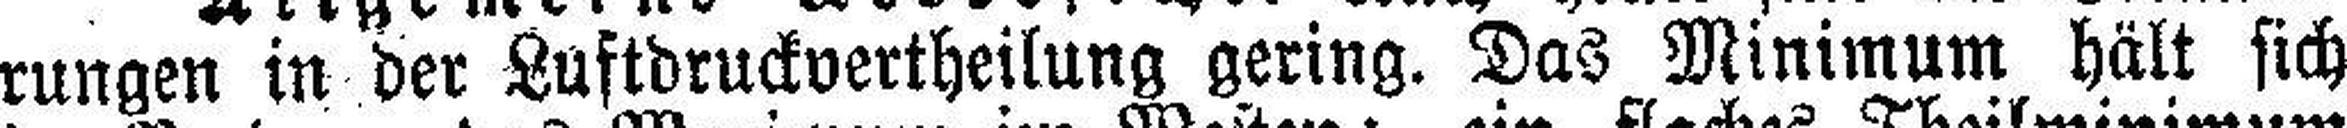
rungen in der Luftdruckvertheilung gering. Das Minimum hält sich